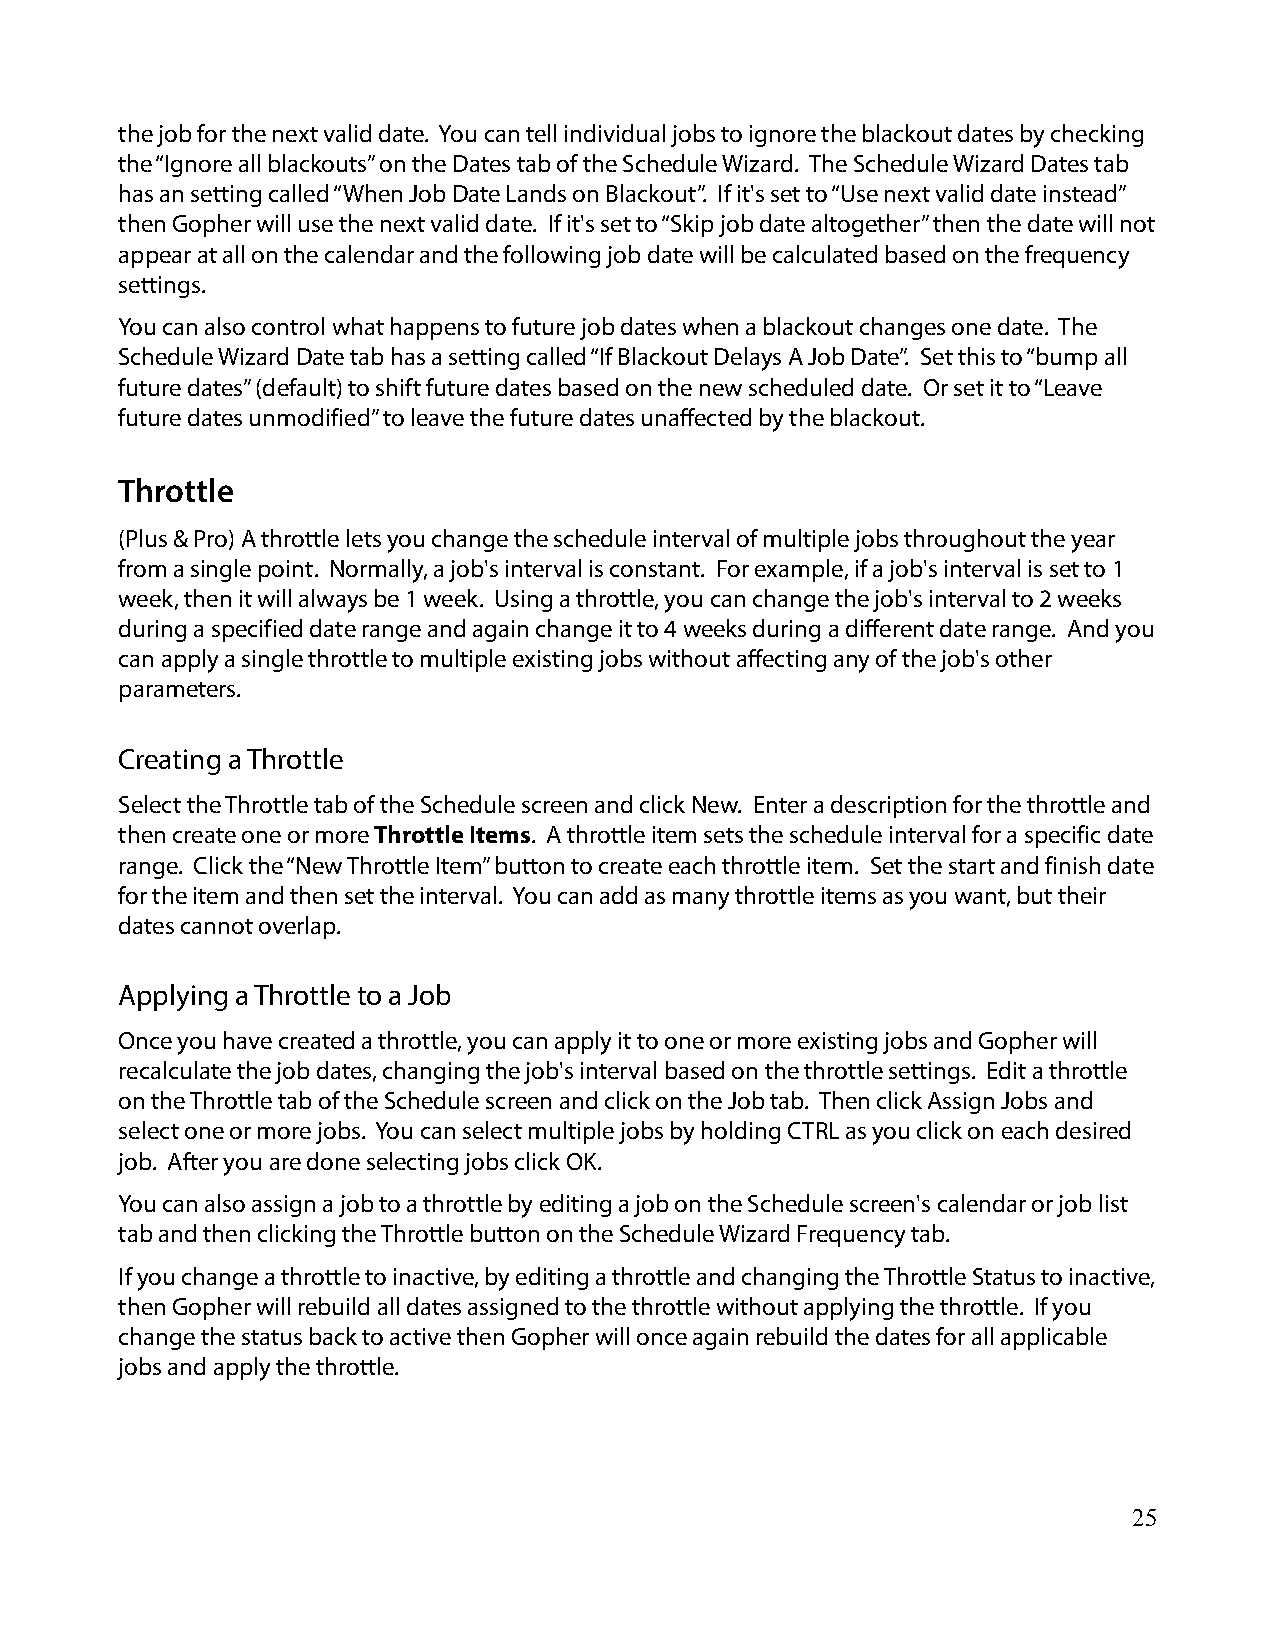
the job for the next valid date. You can tell individual jobs to ignore the blackout dates by checking
 the “Ignore all blackouts” on the Dates tab of the Schedule Wizard. The Schedule Wizard Dates tab
 has an setting called “When Job Date Lands on Blackout”. If it's set to “Use next valid date instead”
 then Gopher will use the next valid date. If it's set to “Skip job date altogether” then the date will not
 appear at all on the calendar and the following job date will be calculated based on the frequency
 settings.
 You can also control what happens to future job dates when a blackout changes one date. The
 Schedule Wizard Date tab has a setting called “If Blackout Delays A Job Date”. Set this to “bump all
 future dates” (default) to shift future dates based on the new scheduled date. Or set it to “Leave
 future dates unmodified” to leave the future dates unaffected by the blackout.
 Throttle
 (Plus & Pro) A throttle lets you change the schedule interval of multiple jobs throughout the year
 from a single point. Normally, a job's interval is constant. For example, if a job's interval is set to 1
 week, then it will always be 1 week. Using a throttle, you can change the job's interval to 2 weeks
 during a specified date range and again change it to 4 weeks during a different date range. And you
 can apply a single throttle to multiple existing jobs without affecting any of the job's other
 parameters.
 Creating a Throttle
 Select the Throttle tab of the Schedule screen and click New. Enter a description for the throttle and
 then create one or more Throttle Items. A throttle item sets the schedule interval for a specific date
 range. Click the “New Throttle Item” button to create each throttle item. Set the start and finish date
 for the item and then set the interval. You can add as many throttle items as you want, but their
 dates cannot overlap.
 Applying a Throttle to a Job
 Once you have created a throttle, you can apply it to one or more existing jobs and Gopher will
 recalculate the job dates, changing the job's interval based on the throttle settings. Edit a throttle
 on the Throttle tab of the Schedule screen and click on the Job tab. Then click Assign Jobs and
 select one or more jobs. You can select multiple jobs by holding CTRL as you click on each desired
 job. After you are done selecting jobs click OK.
 You can also assign a job to a throttle by editing a job on the Schedule screen's calendar or job list
 tab and then clicking the Throttle button on the Schedule Wizard Frequency tab.
 If you change a throttle to inactive, by editing a throttle and changing the Throttle Status to inactive,
 then Gopher will rebuild all dates assigned to the throttle without applying the throttle. If you
 change the status back to active then Gopher will once again rebuild the dates for all applicable
 jobs and apply the throttle.
 25